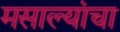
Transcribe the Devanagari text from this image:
मसाल्यांचा